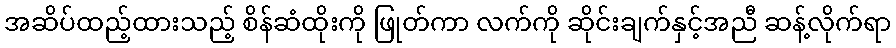
အဆိပ်ထည့်ထားသည့် စိန်ဆံထိုးကို ဖြုတ်ကာ လက်ကို ဆိုင်းချက်နှင့်အညီ ဆန့်လိုက်ရာ